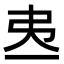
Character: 𢎶